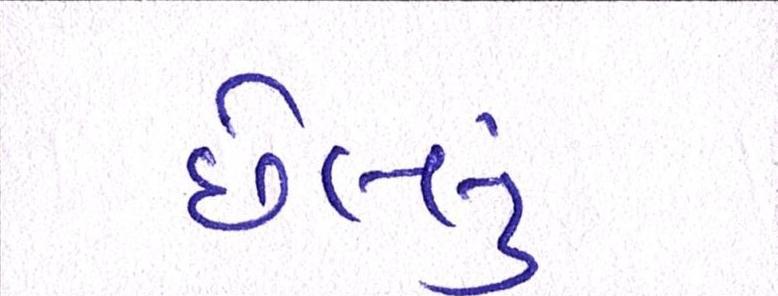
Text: છેલ્લું